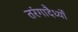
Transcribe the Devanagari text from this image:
तरंगादैर्ध्यों